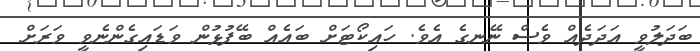
ބަދަލުވީ އަދަދެއް ވެސް ނޭނގެ އެވެ. ހައިކޯޓަށް ބައެއް ބޭފުޅުން ވަޑައިގެންނެވީ ވަރަށް